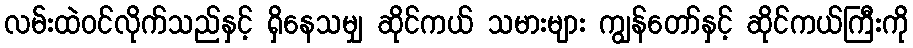
လမ်းထဲဝင်လိုက်သည်နှင့် ရှိနေသမျှ ဆိုင်ကယ် သမားများ ကျွန်တော်နှင့် ဆိုင်ကယ်ကြီးကို